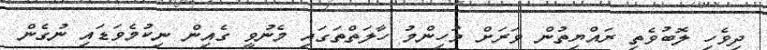
ދިވެހި ލޮބުވެތި ރައްޔިތުން ވަރަށް މުހިންމު ހާލަތްތަގައި މެނުވީ ގެއިން ނިކުމެވަޑައި ނުގެން